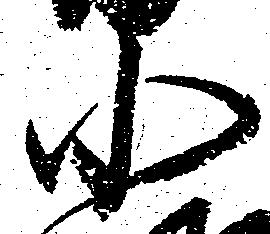
小